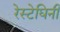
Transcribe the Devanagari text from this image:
रेस्टेघिनी